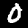
Digit: 0